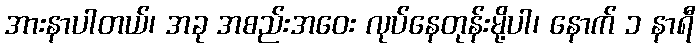
အားနာပါတယ်၊ အခု အစည်းအဝေး လုပ်နေတုန်းမို့ပါ၊ နောက် ၁ နာရီ